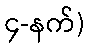
၄-နက်)